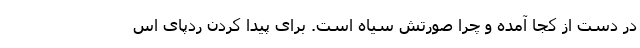
در دست از کجا آمده و چرا صورتش سیاه است. برای پیدا کردن ردّپای اس